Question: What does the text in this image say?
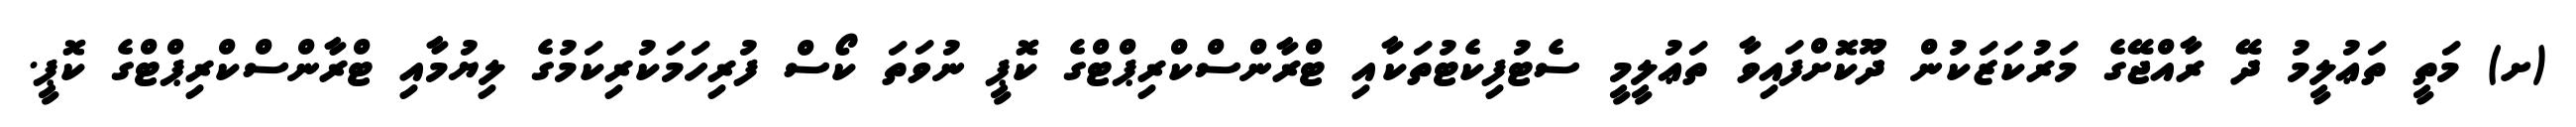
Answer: (ށ) މަތީ ތަޢުލީމު ދޭ ރާއްޖޭގެ މަރުކަޒަކުން ދޫކޮށްފައިވާ ތަޢުލީމީ ސެޓުފިކެޓުތަކާއި ޓްރާންސްކްރިޕްޓްގެ ކޮޕީ ނުވަތަ ކޯސް ފުރިހަމަކުރިކަމުގެ ލިޔުމާއި ޓްރާންސްކްރިޕްޓްގެ ކޮޕީ.